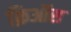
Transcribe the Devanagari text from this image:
क्रिऑस